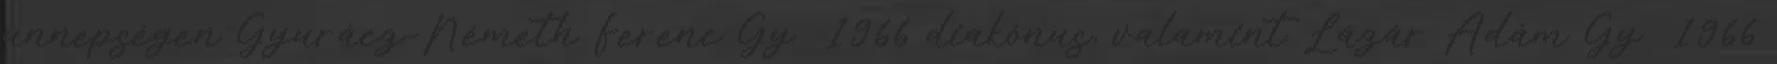
ünnepségen Gyurácz-Németh Ferenc Gy 1966 diakónus, valamint Lázár Ádám Gy 1966